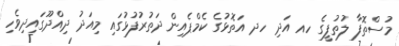
މުސްތޮފާ ލުތުފީގެ ހއ އަދި ހދ އަތޮޅުގެ ކެމްޕެއިން ދަތުރުފުޅުގައި މިއަދު ދިއްދޫގައިދިވެހި